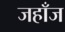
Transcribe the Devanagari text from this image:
जहाँज